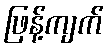
ဖြန့်ကျက်